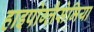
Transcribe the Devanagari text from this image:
हाइपोग्लैसेमिया